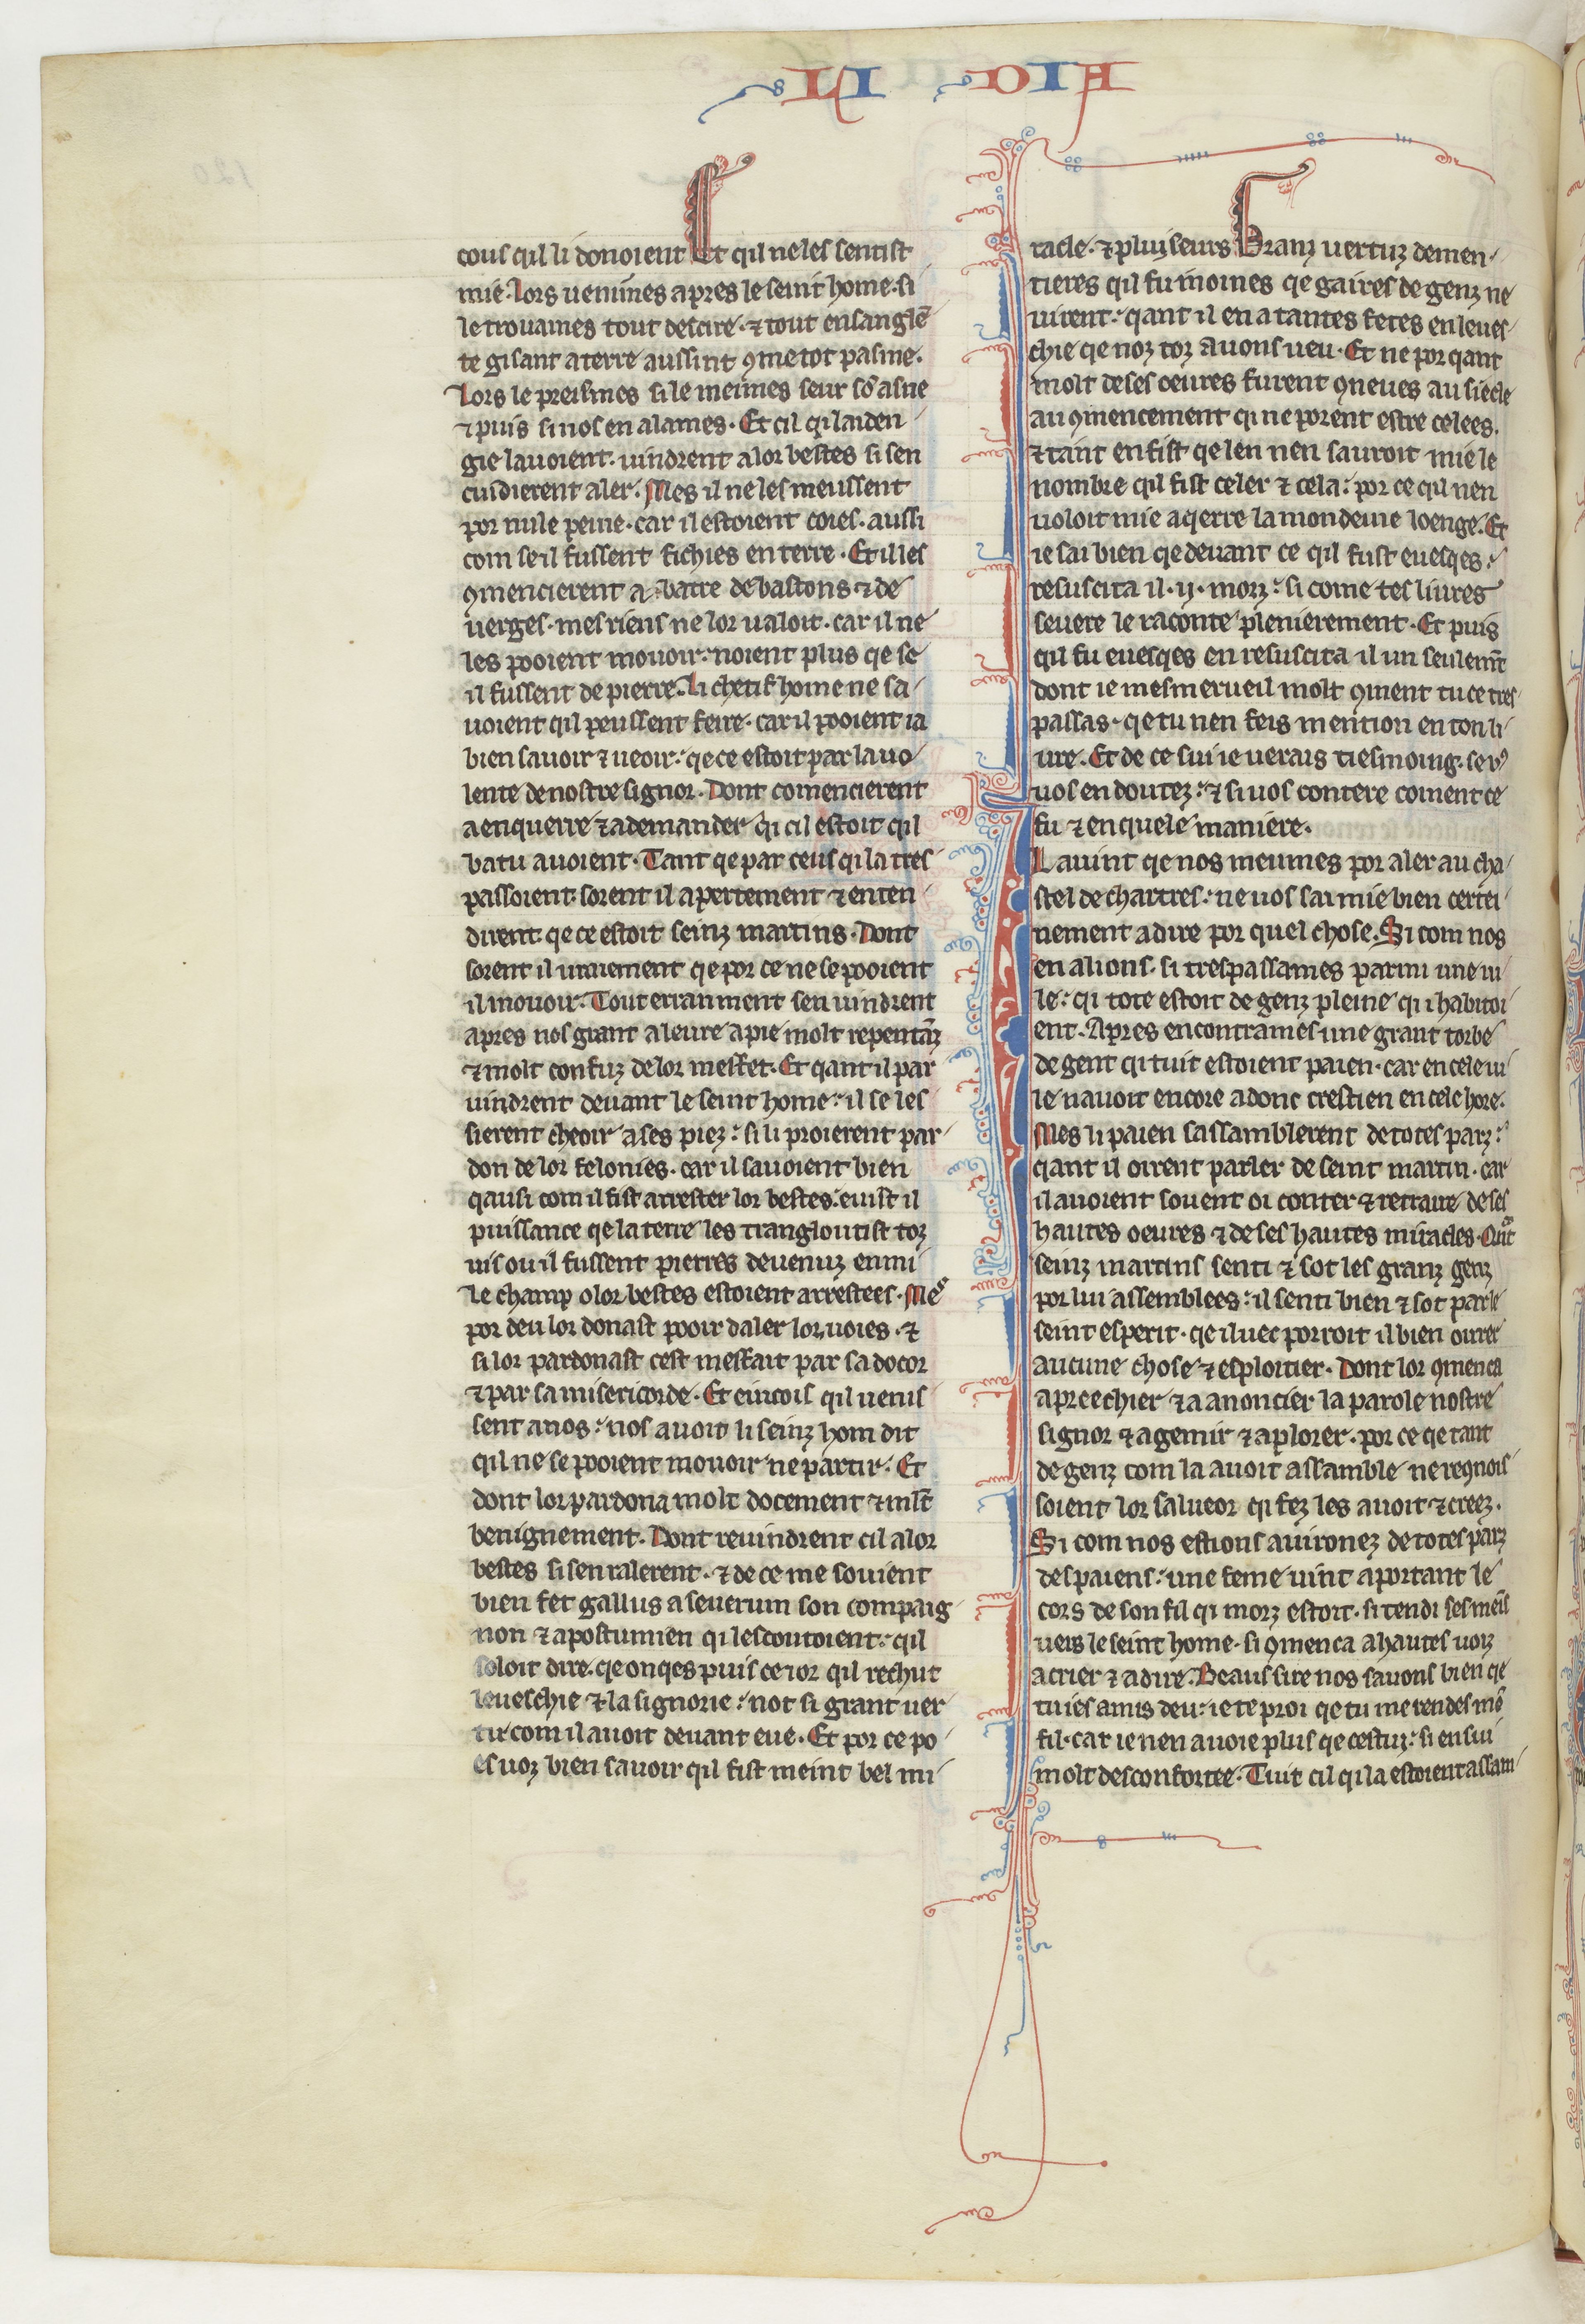
Shelfmark: Paris, BnF, fr. 412
Century: 13